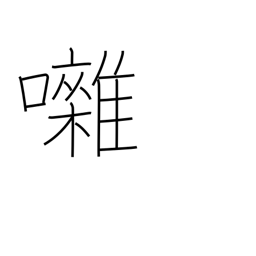
Meaning: banter